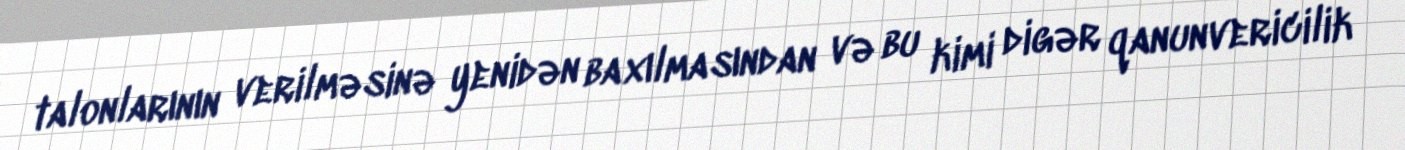
talonlarının verilməsinə yenidən baxılmasından və bu kimi digər qanunvericilik